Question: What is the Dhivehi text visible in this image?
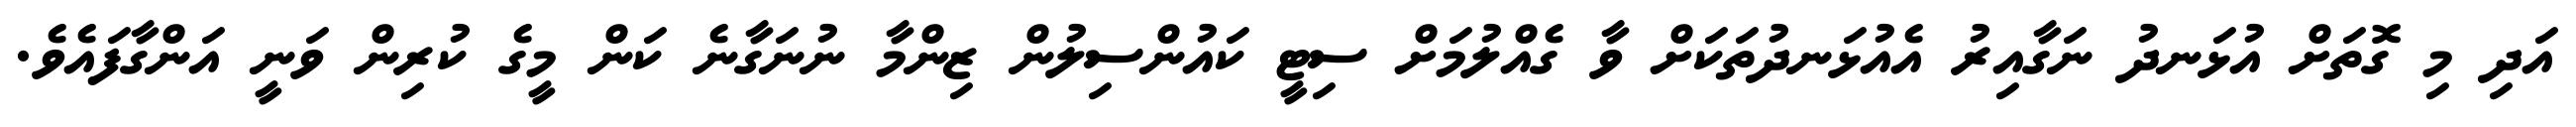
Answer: އަދި މި ގޮތަށް އުޅަނދު ނަގާއިރު އެއުޅަނދުތަކަށް ވާ ގެއްލުމަށް ސިޓީ ކައުންސިލުން ޒިންމާ ނުނަގާނެ ކަން މީގެ ކުރިން ވަނީ އަންގާފައެވެ.